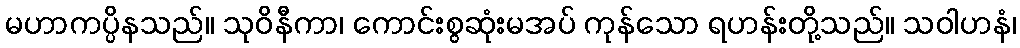
မဟာကပ္ပိနသည်။ သုဝိနီကာ၊ ကောင်းစွဆုံးမအပ် ကုန်သော ရဟန်းတို့သည်။ သဝါဟနံ၊